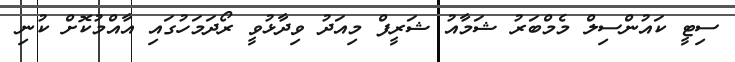
ސިޓީ ކައުންސިލް މެމްބަރު ޝަމާއު ޝަރީފް މިއަދު ވިދާޅުވީ ރޯދަމަހުގައި އާއްމުކޮށް ކުނި